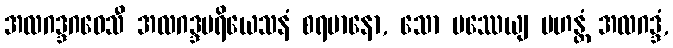
အလဂဒ္ဒဂဝေသီ အလဂဒ္ဒပရိယေသနံ စရမာနော, သော ပဿေယျ မဟန္တံ အလဂဒ္ဒံ,